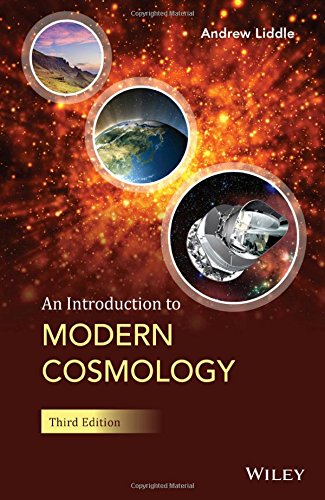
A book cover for An Introduction to Modern Cosmology; Andrew Liddle; Science & Math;